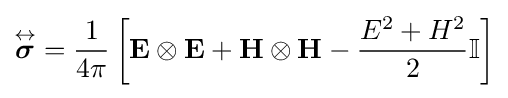
{\overset {\leftrightarrow }{\boldsymbol {\sigma }}}={\frac {1}{4\pi }}\left[\mathbf {E} \otimes \mathbf {E} +\mathbf {H} \otimes \mathbf {H} -{\frac {E^{2}+H^{2}}{2}}\mathbb {I} \right]